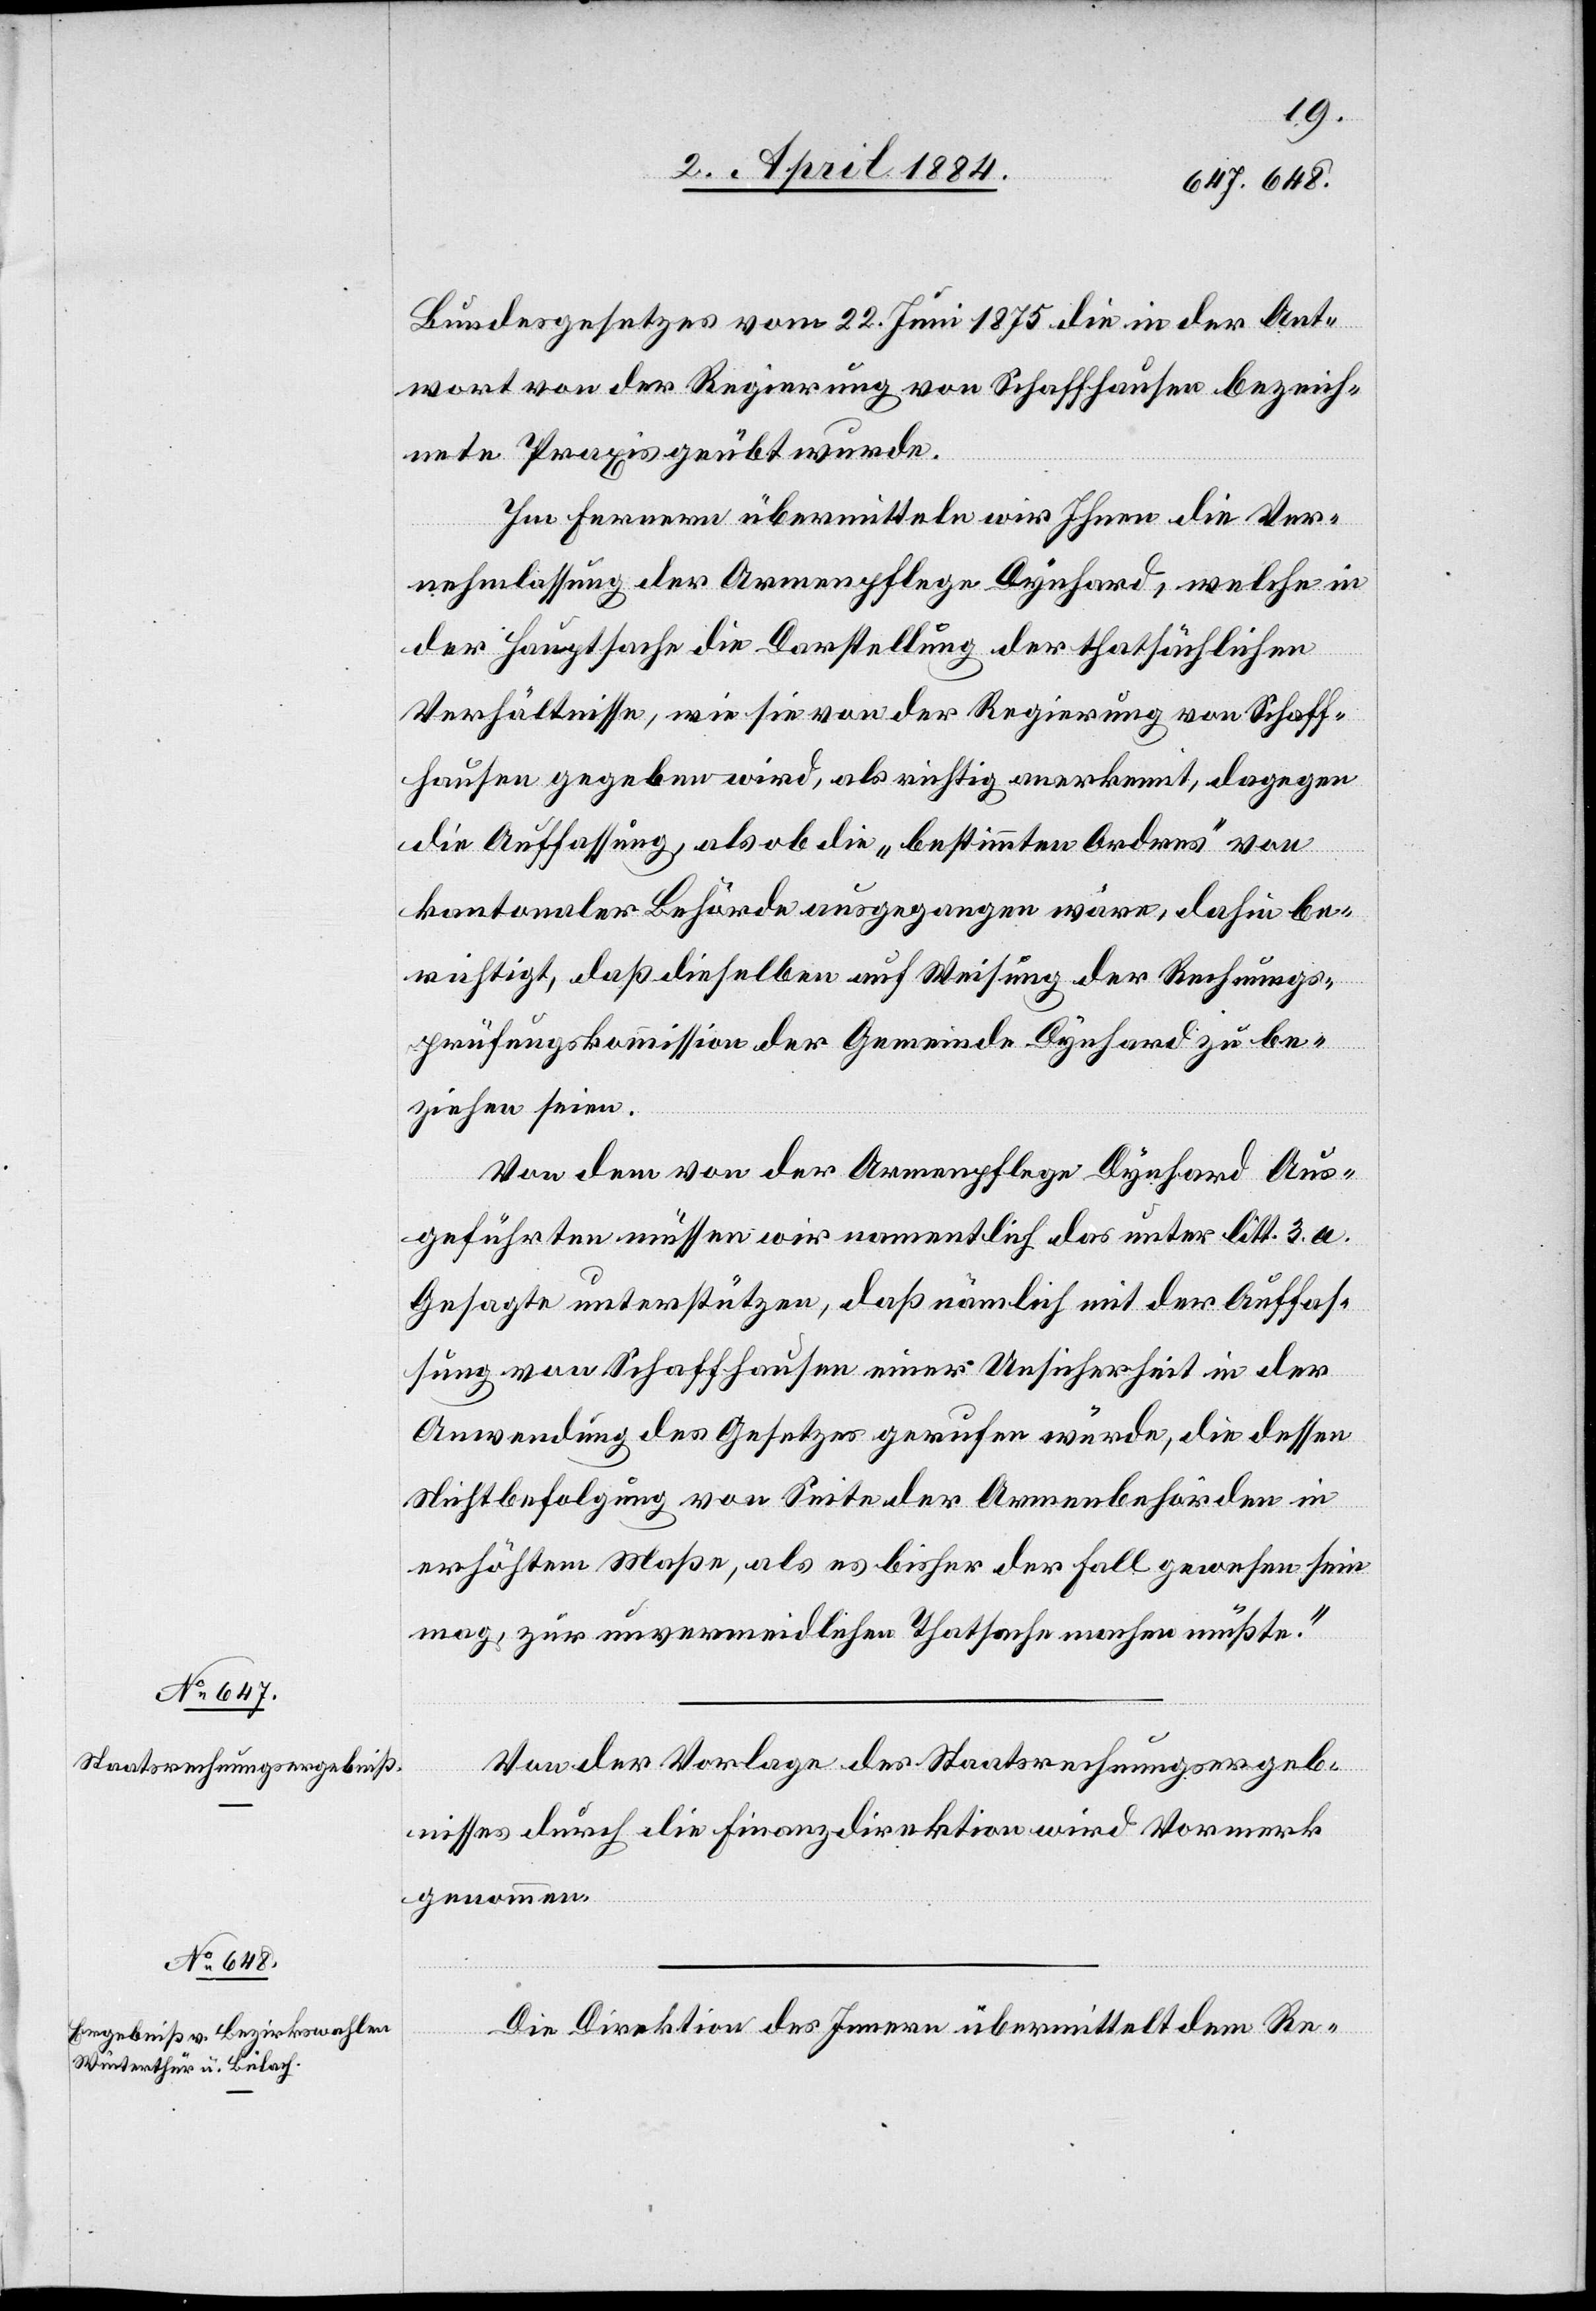
Bundesgesetzes vom 22. Juni 1875 die in der Ant¬
wort von der Regierung von Schaffhausen bezeich¬
nete Praxis geübt wurde.
Im Fernern übermitteln wir Ihnen die Ver¬
nehmlassung der Armenpflege Dynhard, welche in
der Hauptsache die Darstellung der thatsächlichen
Verhältnisse, wie sie von der Regierung von Schaff¬
hausen gegeben wird, als richtig anerkannt, dagegen
die Auffassung, als ob „die bestimmten Ordres“ von
kantonaler Behörde ausgegangen wäre, dahin be¬
richtigt, daß dieselben auf Weisung der Rechnungs¬
prüfungskommission der Gemeinde Dynhard zu be¬
ziehen seien.
Von dem von der Armenpflege Dynhard Aus¬
geführten müssen wir namentlich das unter litt. 3. a.
Gesagte unterstützen, daß nämlich mit der Auffas¬
sung von Schaffhausen einer Unsicherheit in der
Anwendung des Gesetzes gerufen würde, die dessen
Nichtbefolgung von Seite der Armenbehörde in
erhöhtem Maße, als es bisher der Fall gewesen sein
mag, zur unvermeidlichen Thatsache machen müßte.“
Von der Vorlage des Staatsrechnungsergeb¬
nisses durch die Finanzdirektion wird Vormerk
genommen.
Die Direktion des Innern übermittelt dem Re-